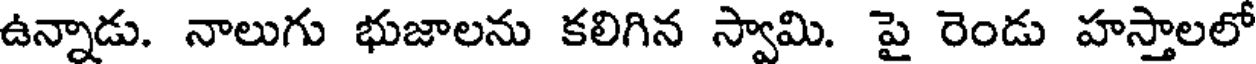
ఉన్నాడు. నాలుగు భుజాలను కలిగిన స్వామి. పై రెండు హస్తాలలో